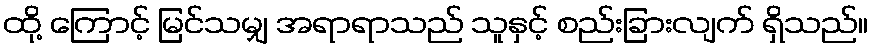
ထို့ ကြောင့် မြင်သမျှ အရာရာသည် သူနှင့် စည်းခြားလျက် ရှိသည်။